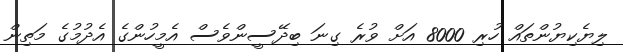
ލިޔެކިޔުންތައް ހުރި 8000 އަށް ވުރެ ގިނަ ބިދޭސީންވެސް އެމީހުންގެ އެދުމުގެ މަތިން